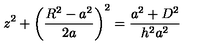
z ^ { 2 } + \bigg ( \frac { R ^ { 2 } - a ^ { 2 } } { 2 a } \bigg ) ^ { 2 } = \frac { a ^ { 2 } + D ^ { 2 } } { h ^ { 2 } a ^ { 2 } }